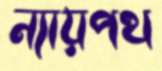
ন্যায়পথ